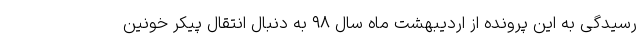
رسیدگی به این پرونده از اردیبهشت ماه سال ۹۸ به دنبال انتقال پیکر خونین